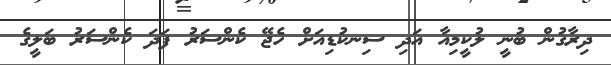
ދިރާގުން ބުނީ ލުކީމިއާ އަދި ސިނކުޑިއަށް ހެޖޭ ކެންސަރު ފަދަ ކެންސަރު ބަލީގެ